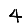
Digit: 4